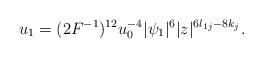
LaTeX: \begin{align*}u_1=(2F^{-1})^{12}u_0^{-4}|\psi _1|^6|z|^{6l_{1j}-8k_j}.\end{align*}